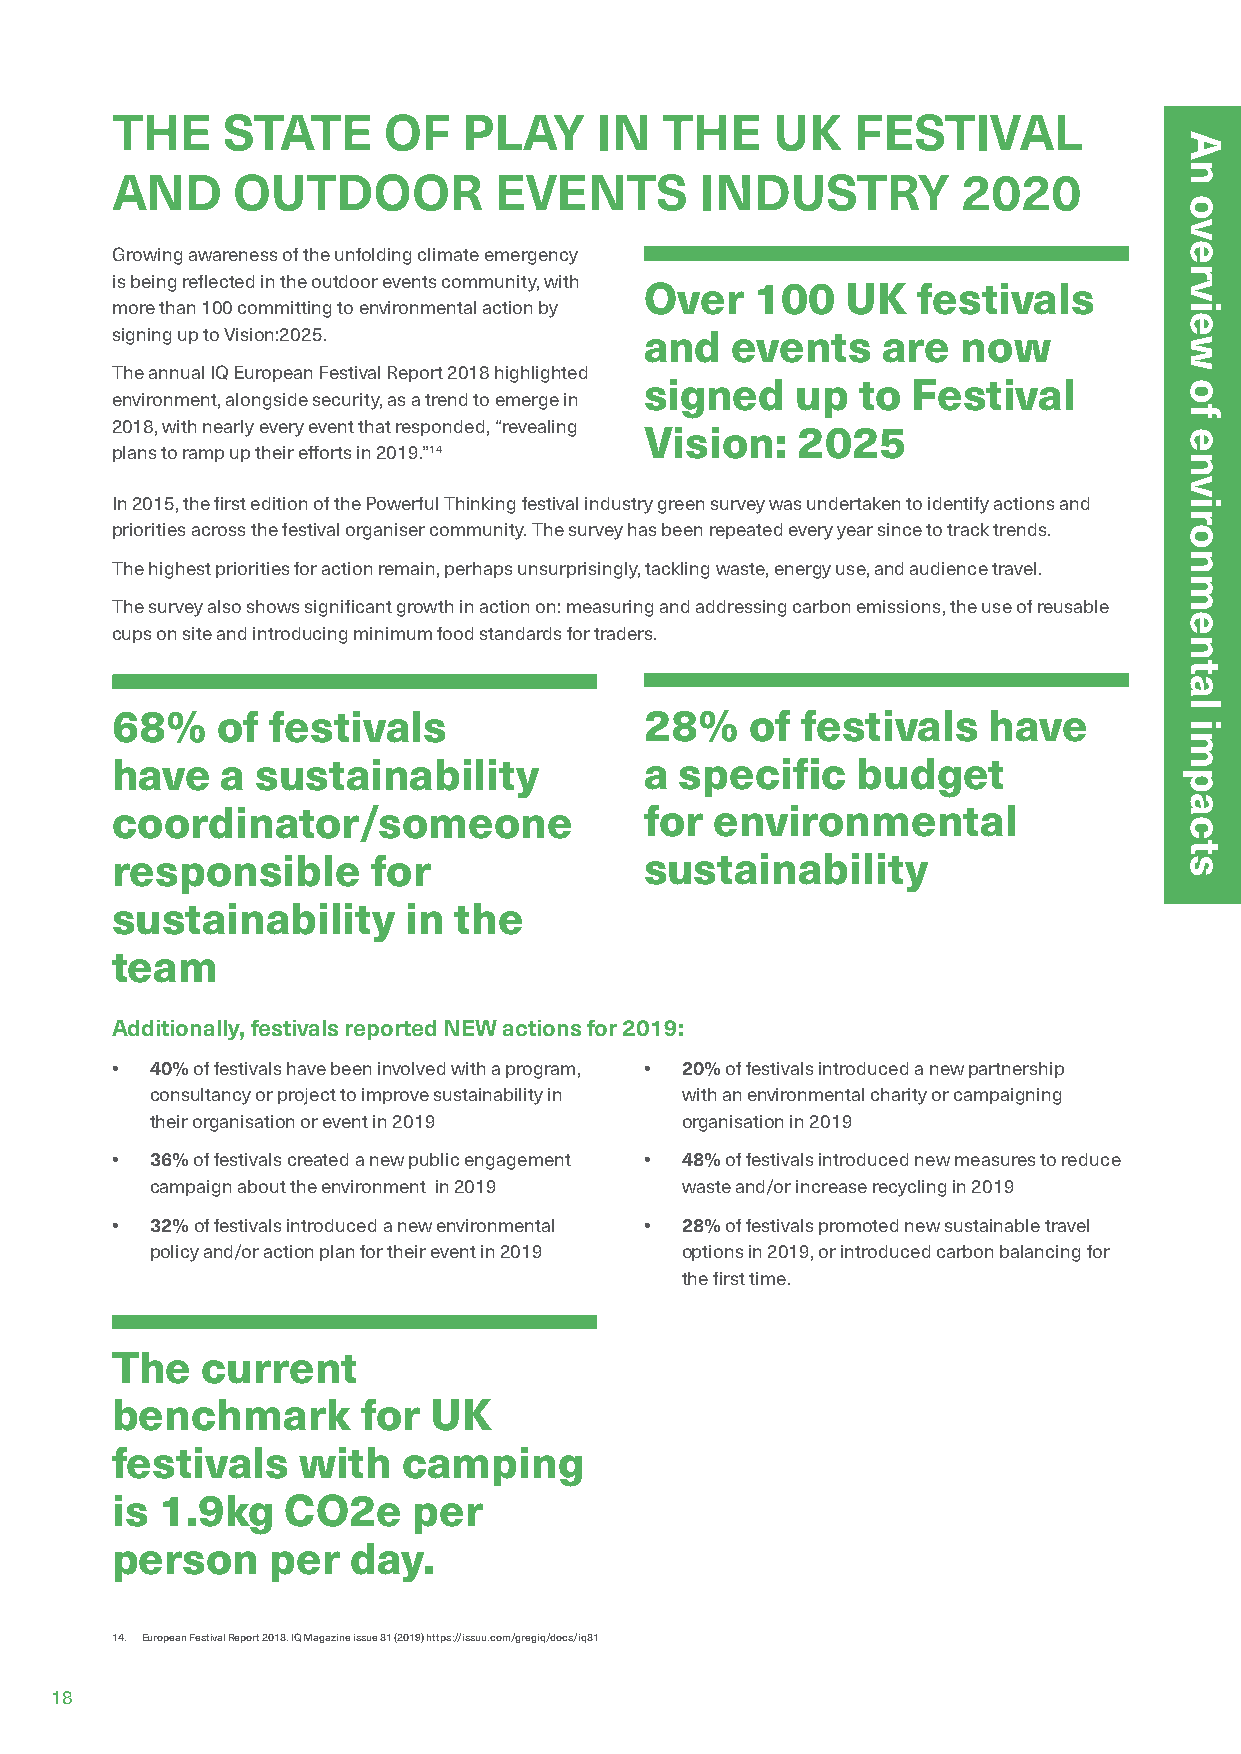
THE     STATE     OF    PLAY    IN   THE    UK   FESTIVAL
 AND     OUTDOOR           EVENTS       INDUSTRY          2020
 Growing awareness of the unfolding climate emergency
 is being reflected in the outdoor events community, with
 Over   100   UK   festivals
 more than 100 committing to environmental action by
 signing up to Vision:2025.          and  events    are   now
 The annual IQ European Festival Report 2018 highlighted
 signed    up  to Festival
 environment, alongside security, as a trend to emerge in
 2018, with nearly every event that responded, “revealing
 Vision:   2025
 plans to ramp up their efforts in 2019.”14
 In 2015, the first edition of the Powerful Thinking festival industry green survey was undertaken to identify actions and
 priorities across the festival organiser community. The survey has been repeated every year since to track trends.
 The highest priorities for action remain, perhaps unsurprisingly, tackling waste, energy use, and audience travel.
 The survey also shows significant growth in action on: measuring and addressing carbon emissions, the use of reusable
 cups on site and introducing minimum food standards for traders.
 68%    of  festivals                28%    of festivals   have
 have    a sustainability            a specific    budget
 coordinator/someone                 for environmental
 responsible       for               sustainability
 sustainability      in the
 team
 Additionally, festivals reported NEW actions for 2019:
 •  40% of festivals have been involved with a program, • 20% of festivals introduced a new partnership
 consultancy or project to improve sustainability in with an environmental charity or campaigning
 their organisation or event in 2019 organisation in 2019
 •  36% of festivals created a new public engagement • 48% of festivals introduced new measures to reduce
 campaign about the environment in 2019 waste and/or increase recycling in 2019
 •  32% of festivals introduced a new environmental • 28% of festivals promoted new sustainable travel
 policy and/or action plan for their event in 2019 options in 2019, or introduced carbon balancing for
 the first time.
 The   current
 benchmark        for UK
 festivals    with   camping
 is 1.9kg    CO2e    per
 person     per  day.
 14. European Festival Report 2018. IQ Magazine issue 81 (2019) https://issuu.com/gregiq/docs/iq81
 18
 An
 overview
 of
 environmental
 impacts